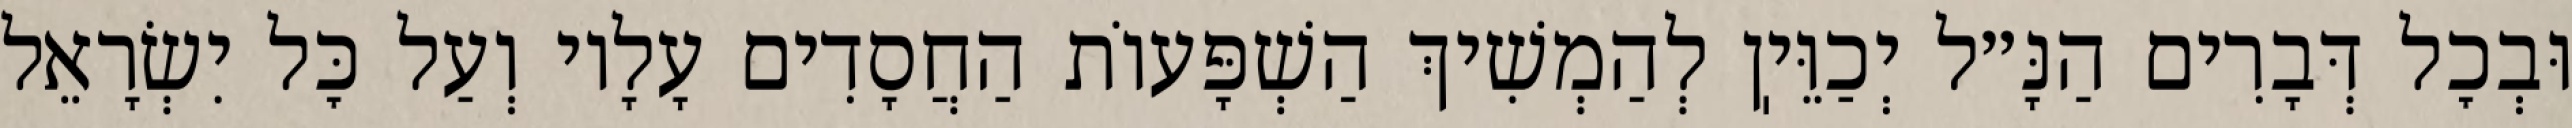
וּבְכׇל דְּבָרִים הַנָּ״ל יְכַוֵּיֽן לְהַמְשִׁיךְ הַשְׁפָּעוֹת הַחֲסָדִים עָלָיו וְעַל כׇּל יִשְׂרָאֵל